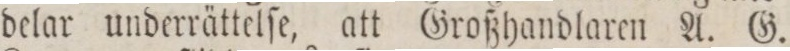
delar underrättelſe, att Großhandlaren A. G.